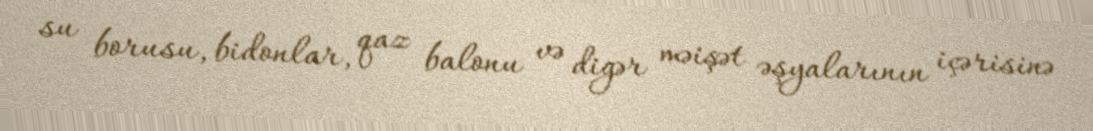
su borusu, bidonlar, qaz balonu və digər məişət əşyalarının içərisinə